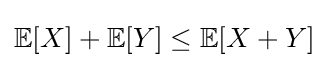
\mathbb {E} [X]+\mathbb {E} [Y]\leq \mathbb {E} [X+Y]